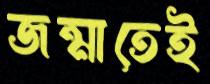
জন্মাতেই